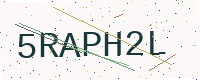
Text: 5RAPH2L